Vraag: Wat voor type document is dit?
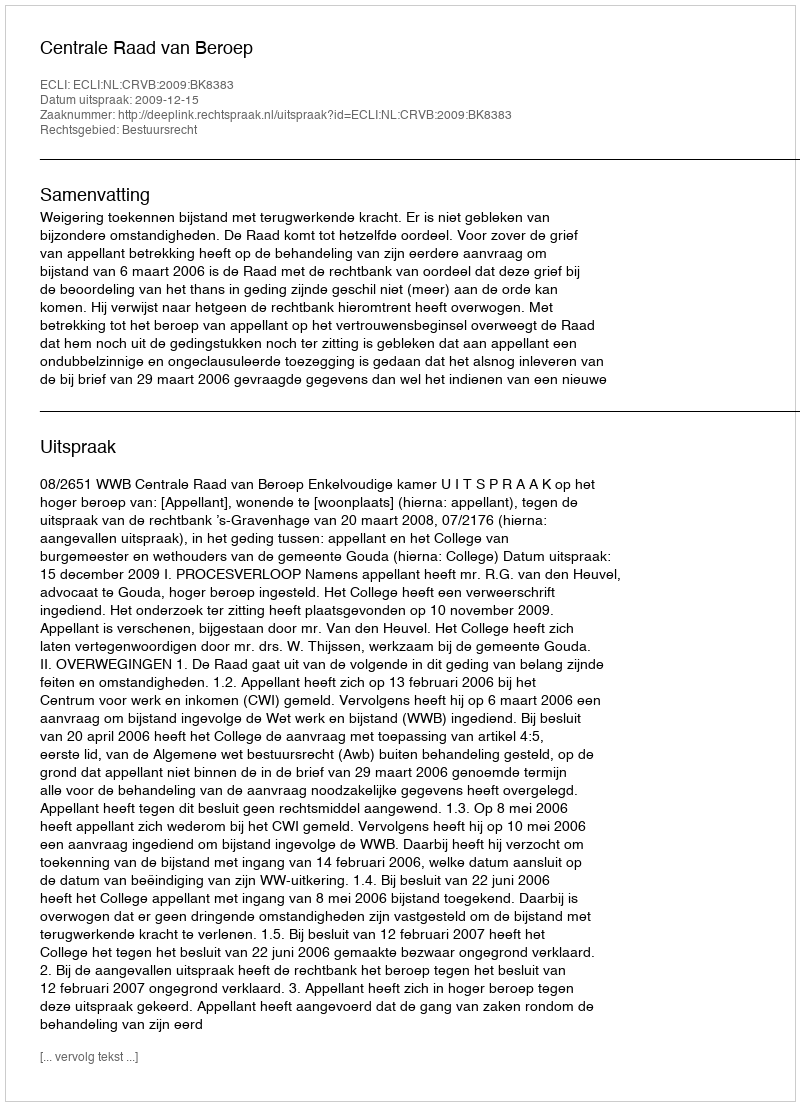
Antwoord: Uitspraak